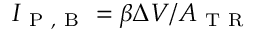
I _ { \mathrm { ~ P ~ , ~ B ~ } } = \beta \Delta V / A _ { \mathrm { ~ T ~ R ~ } }